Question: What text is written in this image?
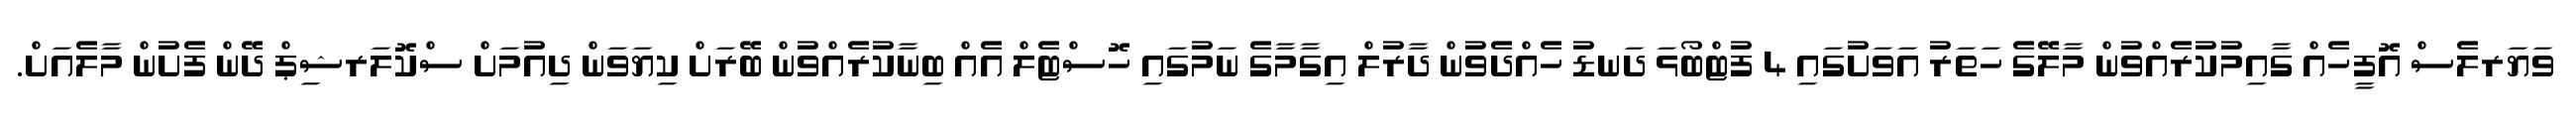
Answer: ވަޔަރލެސް އޮފީހެއް ގާއިމުކުރެއްވުން މާލޭގެ ހަތަރު އަވަށުގައި 4 ފުޓްބޯޅަ ދަނޑު ހެއްދެވުން ދާރުލް އިގާމާގެ ނަމުގައި ހޮސްޓެލް އެއް ބިނާކުރެއްވުން ބޭރަށް ކިޔަވަން ދިއުމަށް ސްކޮލަރޝިޕް ދޭން ފެށުން މާލެއަށް.